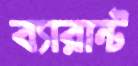
ব্যারান্ট